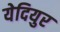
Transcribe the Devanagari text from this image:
येदियुर